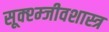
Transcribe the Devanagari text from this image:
सूक्श्म्जीवशास्त्र